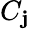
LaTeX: C_{\mathbf{j}}